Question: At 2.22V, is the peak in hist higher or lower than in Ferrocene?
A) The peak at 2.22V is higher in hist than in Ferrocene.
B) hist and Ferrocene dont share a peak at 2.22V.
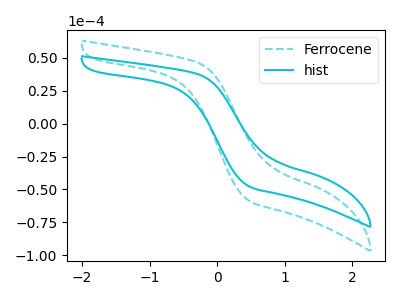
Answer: <think>The cyan dashed curve "Ferrocene" has no peaks. The cyan curve "hist" has no peaks.</think>
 <answer>B) "hist" and "Ferrocene" dont share a peak at 2.22V.</answer>
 <eval>B</eval>